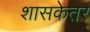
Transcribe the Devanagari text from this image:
शासकेतर